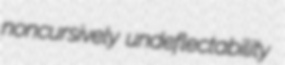
noncursively undeflectability